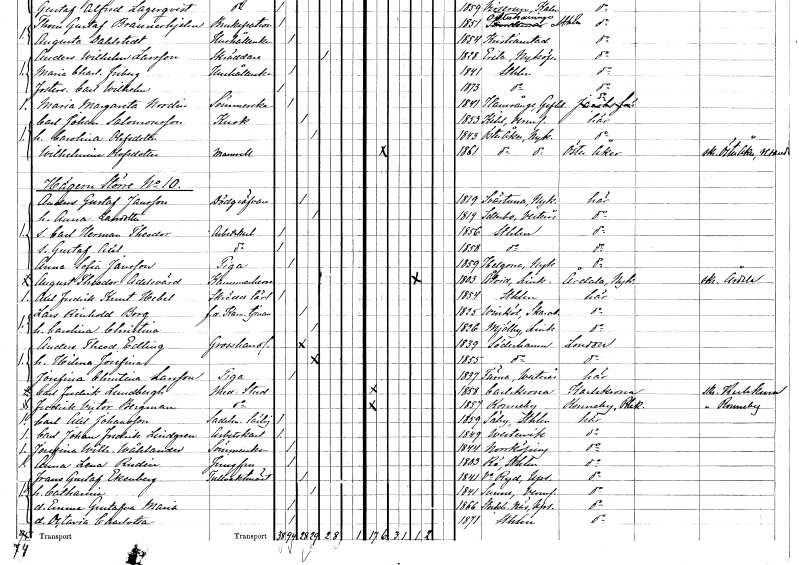
gt_parse: households: individuals: FN: Anders Gustaf
EN: Jansson
YRKE: Dödgrävare
KON: M
CIV: G
FODAR: 1819
FODFORS: Svärta Södermanlands län
FN: Anna
EN: Larsdotter
KON: K
CIV: G
FODAR: 1819
FODFORS: Säterbo Västmanlands län
FN: Carl Herman Theodor
YRKE: Arbetskarl
KON: M
CIV: O
FODAR: 1856
FODFORS: Stockholm
FN: Gustaf Axel
YRKE: Arbetskarl
KON: M
CIV: O
FODAR: 1858
FODFORS: Stockholm
FN: Anna Sofia
EN: Jansson
YRKE: Piga
KON: K
CIV: O
FODAR: 1859
FODFORS: Helgona Södermanlands län
FN: August Theodor
EN: Adelsvärd
KON: M
CIV: E
FODAR: 1803
FODFORS: Åtvid Östergötlands län
FN: Axel Fredrik Knut
EN: Hebel
YRKE: Skräddarelärling
KON: M
CIV: O
FODAR: 1854
FODFORS: Stockholm
FN: Lars Reinhold
EN: Borg
YRKE: Kammartjänare f.d.
KON: M
CIV: G
FODAR: 1825
FODFORS: Vinköl Skaraborgs län
FN: Karolina Christina
KON: K
CIV: G
FODAR: 1826
FODFORS: Mjölby Östergötlands län
FN: Anders Theodor
EN: Edling
YRKE: Grosshandlare
KON: M
CIV: G
FODAR: 1839
FODFORS: Söderhamn Gävleborgs län
FN: Hilma Josefina
KON: K
CIV: G
FODAR: 1855
FODFORS: Söderhamn Gävleborgs län
FN: Josefina Christina
EN: Larsson
YRKE: Piga
KON: K
CIV: O
FODAR: 1837
FODFORS: Tärna Västmanlands län
FN: Carl Fredrik
EN: Lundbergh
YRKE: Medicine studerande
KON: M
CIV: O
FODAR: 1858
FODFORS: Karlskrona Blekinge län
FN: Fredrik Victor
EN: Bergman
YRKE: Medicine studerande
KON: M
CIV: O
FODAR: 1857
FODFORS: Ronneby Blekinge län
FN: Carl Axel
EN: Johansson
YRKE: Sadelmakarelärling
KON: M
CIV: O
FODAR: 1859
FODFORS: Säby Jönköpings län
FN: Carl Johan Fredrik
EN: Lindgren
YRKE: Arbetskarl
KON: M
CIV: O
FODAR: 1849
FODFORS: Västervik Kalmar län
FN: Josefina Wilhelmina
EN: Wåhlander
YRKE: Sömmerska
KON: K
CIV: O
FODAR: 1844
FODFORS: Norrköping Östergötlands län
FN: Anna Lena
EN: Rudin
YRKE: Jungfru
KON: K
CIV: O
FODAR: 1803
FODFORS: Rö Stockholms län
FN: Frans Gustaf
EN: Ekenberg
YRKE: Tullvaktmästare
KON: M
CIV: G
FODAR: 1841
FODFORS: Västra Ryd Stockholms län
FN: Catharina
KON: K
CIV: G
FODAR: 1841
FODFORS: Sunne Värmlands län
FN: Emma Gustafva Maria
KON: K
CIV: O
FODAR: 1866
FODFORS: Stockholms-Näs Stockholms län
FN: Octavia Charlotta
KON: K
CIV: O
FODAR: 1871
FODFORS: Stockholm